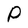
Character: P